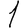
Digit: 1